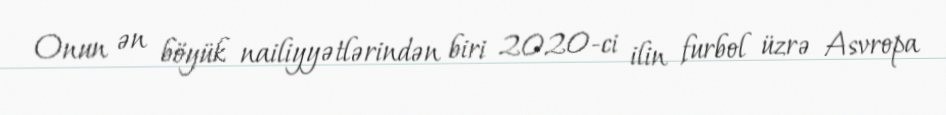
Onun ən böyük nailiyyətlərindən biri 2020-ci ilin furbol üzrə Asvropa